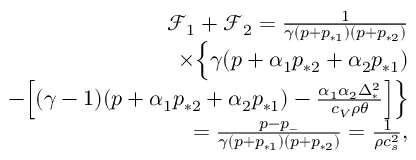
\begin{array} { r } { \mathcal { F } _ { 1 } + \mathcal { F } _ { 2 } = \frac { 1 } { \gamma ( p + p _ { * 1 } ) ( p + p _ { * 2 } ) } } \\ { \times \Big \{ \gamma ( p + \alpha _ { 1 } p _ { * 2 } + \alpha _ { 2 } p _ { * 1 } ) } \\ { - \Big [ ( \gamma - 1 ) ( p + \alpha _ { 1 } p _ { * 2 } + \alpha _ { 2 } p _ { * 1 } ) - \frac { \alpha _ { 1 } \alpha _ { 2 } \Delta _ { * } ^ { 2 } } { c _ { V } \rho \theta } \Big ] \Big \} } \\ { = \frac { p - p _ { - } } { \gamma ( p + p _ { * 1 } ) ( p + p _ { * 2 } ) } = \frac { 1 } { \rho c _ { s } ^ { 2 } } , } \end{array}